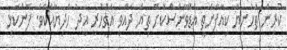
ކުރިން ތަހުނިޔާ ކިއާފާނެތީ އެޑްވާންސްކޮށް ތިޔަ ދެއްވީ އަގުހުރި އީދު ހަދިޔާއެކެވެ. ފެންކަޅި